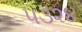
૫૩૨૪